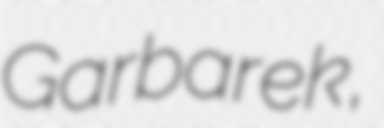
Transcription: Garbarek,